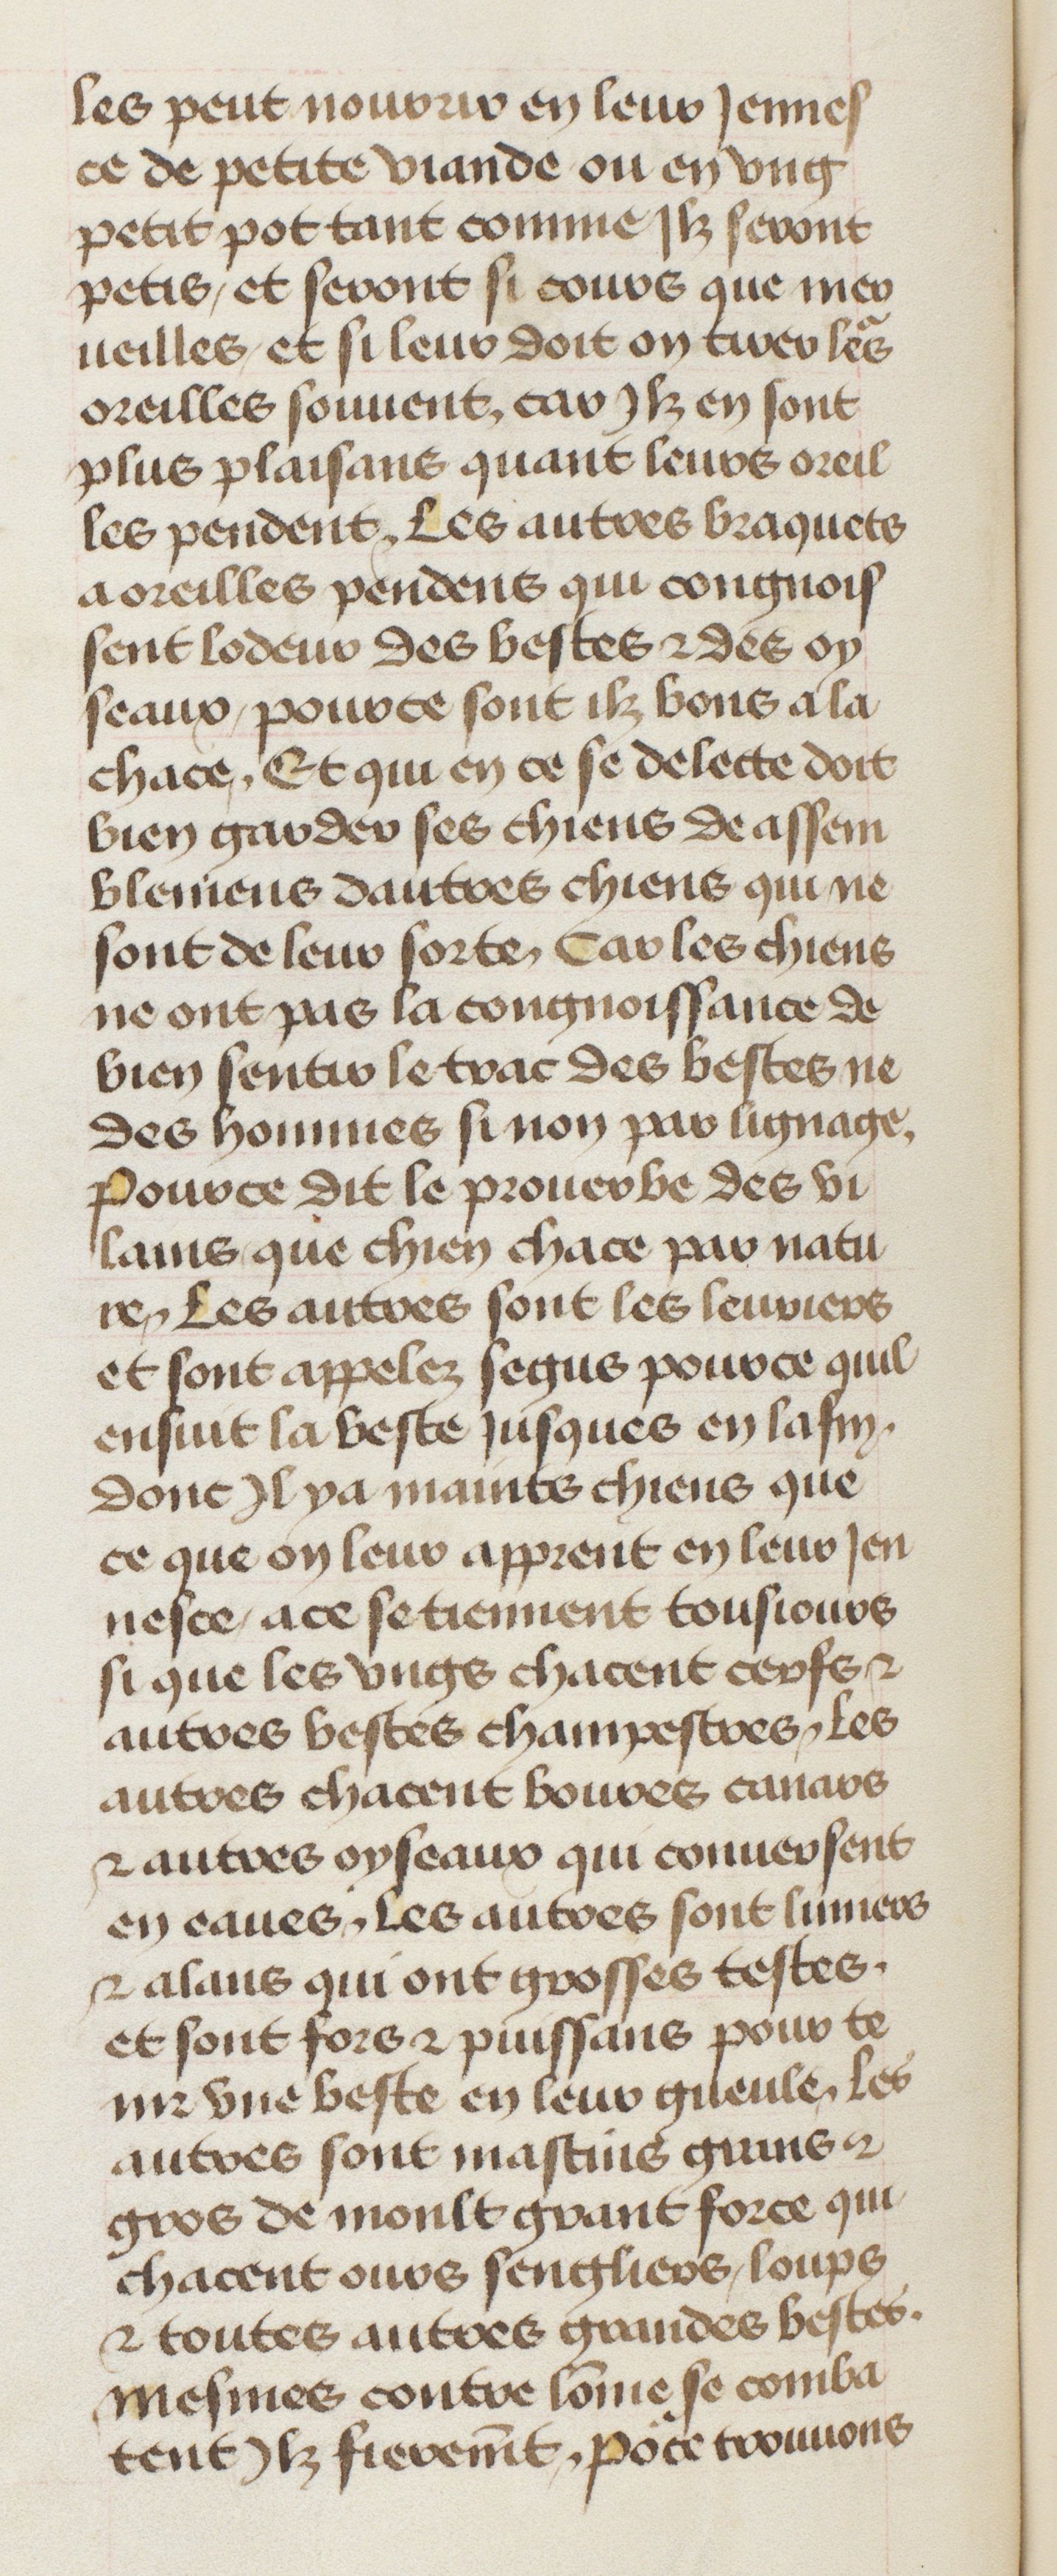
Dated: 1435–1495